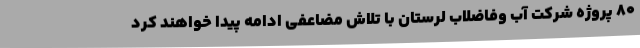
80 پروژه شرکت آب وفاضلاب لرستان با تلاش مضاعفی ادامه پیدا خواهند کرد